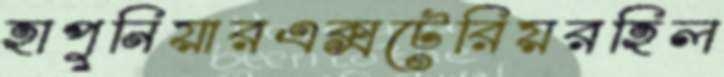
হাপুনিয়ারএক্সটেরিয়রহিল